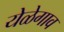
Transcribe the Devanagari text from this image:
येळेगाव